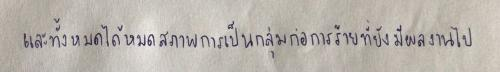
และทั้งหมดได้หมดสภาพการเป็นกลุ่มก่อการร้ายที่ยังมีผลงานไป